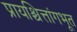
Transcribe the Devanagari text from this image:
प्रायश्चित्तांगभूत